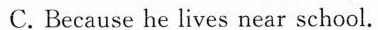
C.Because he lives near school.